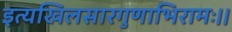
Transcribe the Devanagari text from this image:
इत्यखिलसारगुणाभिरामः।।